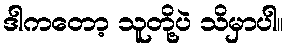
ဒါကတော့ သူတို့ပဲ သိမှာပါ။